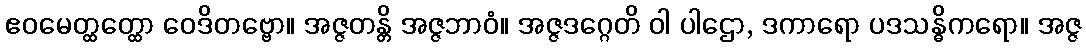
ဧဝမေတ္ထတ္ထော ဝေဒိတဗ္ဗော။ အဇ္ဇတန္တိ အဇ္ဇဘာဝံ။ အဇ္ဇဒဂ္ဂေတိ ဝါ ပါဌော, ဒကာရော ပဒသန္ဓိကရော။ အဇ္ဇ